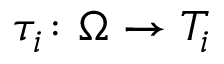
\tau _ { i } \colon \Omega \rightarrow T _ { i }